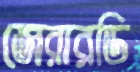
জেরারডি